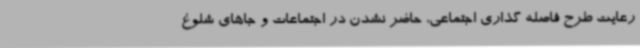
رعایت طرح فاصله گذاری اجتماعی، حاضر نشدن در اجتماعات و جاهای شلوغ